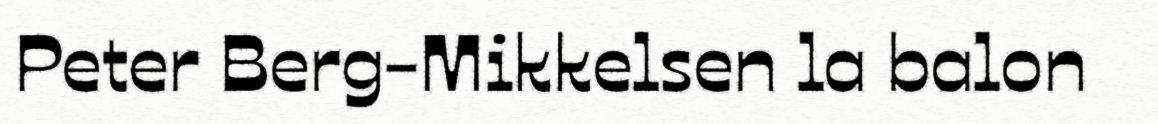
Peter Berg-Mikkelsen la balon